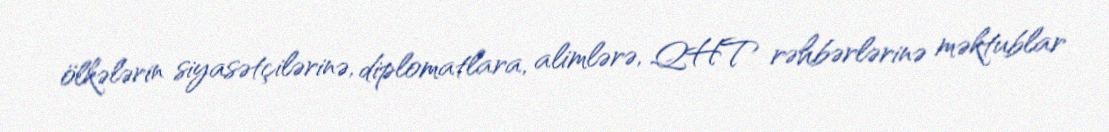
ölkələrin siyasətçilərinə, diplomatlara, alimlərə, QHT rəhbərlərinə məktublar